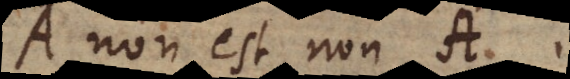
A non est non A.